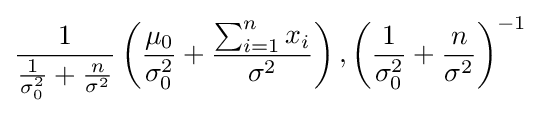
{\frac {1}{{\frac {1}{\sigma _{0}^{2}}}+{\frac {n}{\sigma ^{2}}}}}\left({\frac {\mu _{0}}{\sigma _{0}^{2}}}+{\frac {\sum _{i=1}^{n}x_{i}}{\sigma ^{2}}}\right),\left({\frac {1}{\sigma _{0}^{2}}}+{\frac {n}{\sigma ^{2}}}\right)^{-1}